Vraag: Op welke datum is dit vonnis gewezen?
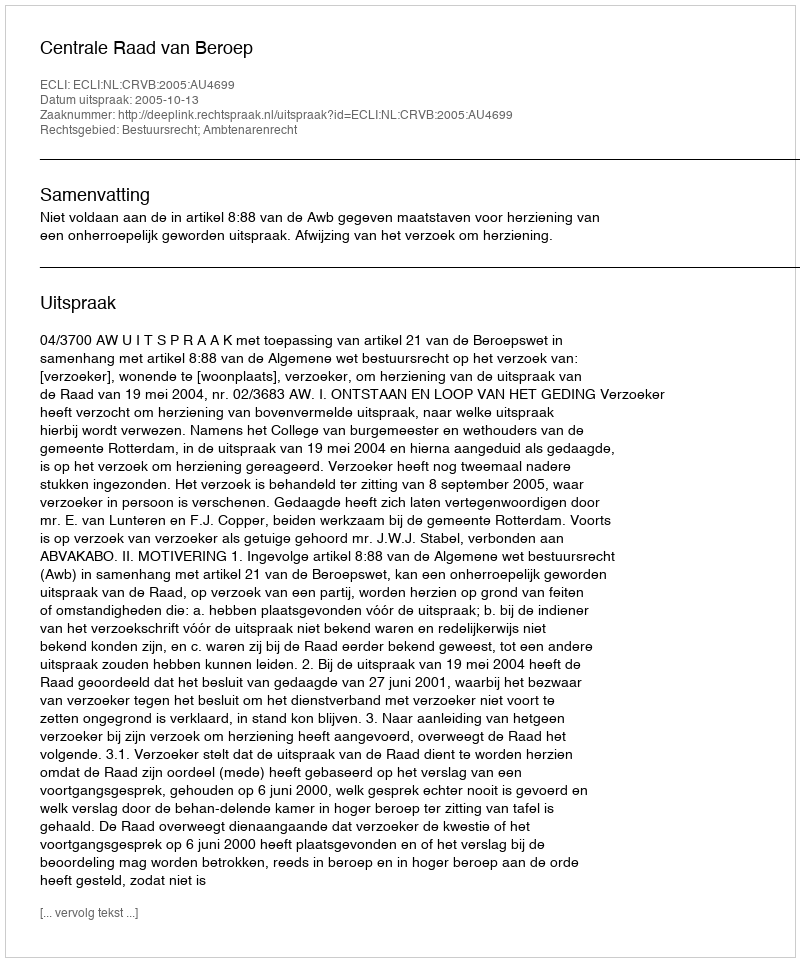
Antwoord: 2005-10-13